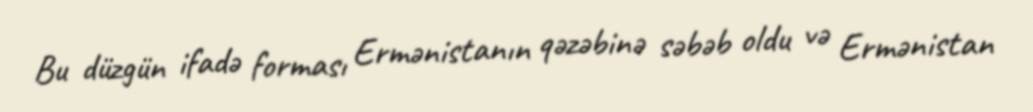
Bu düzgün ifadə forması Ermənistanın qəzəbinə səbəb oldu və Ermənistan